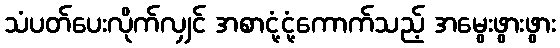
သံပတ်ပေးလိုက်လျှင် အစာငုံ့ငုံ့ကောက်သည့် အမွေးဖွားဖွား